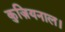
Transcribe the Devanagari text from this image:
कुज़ियनाल।